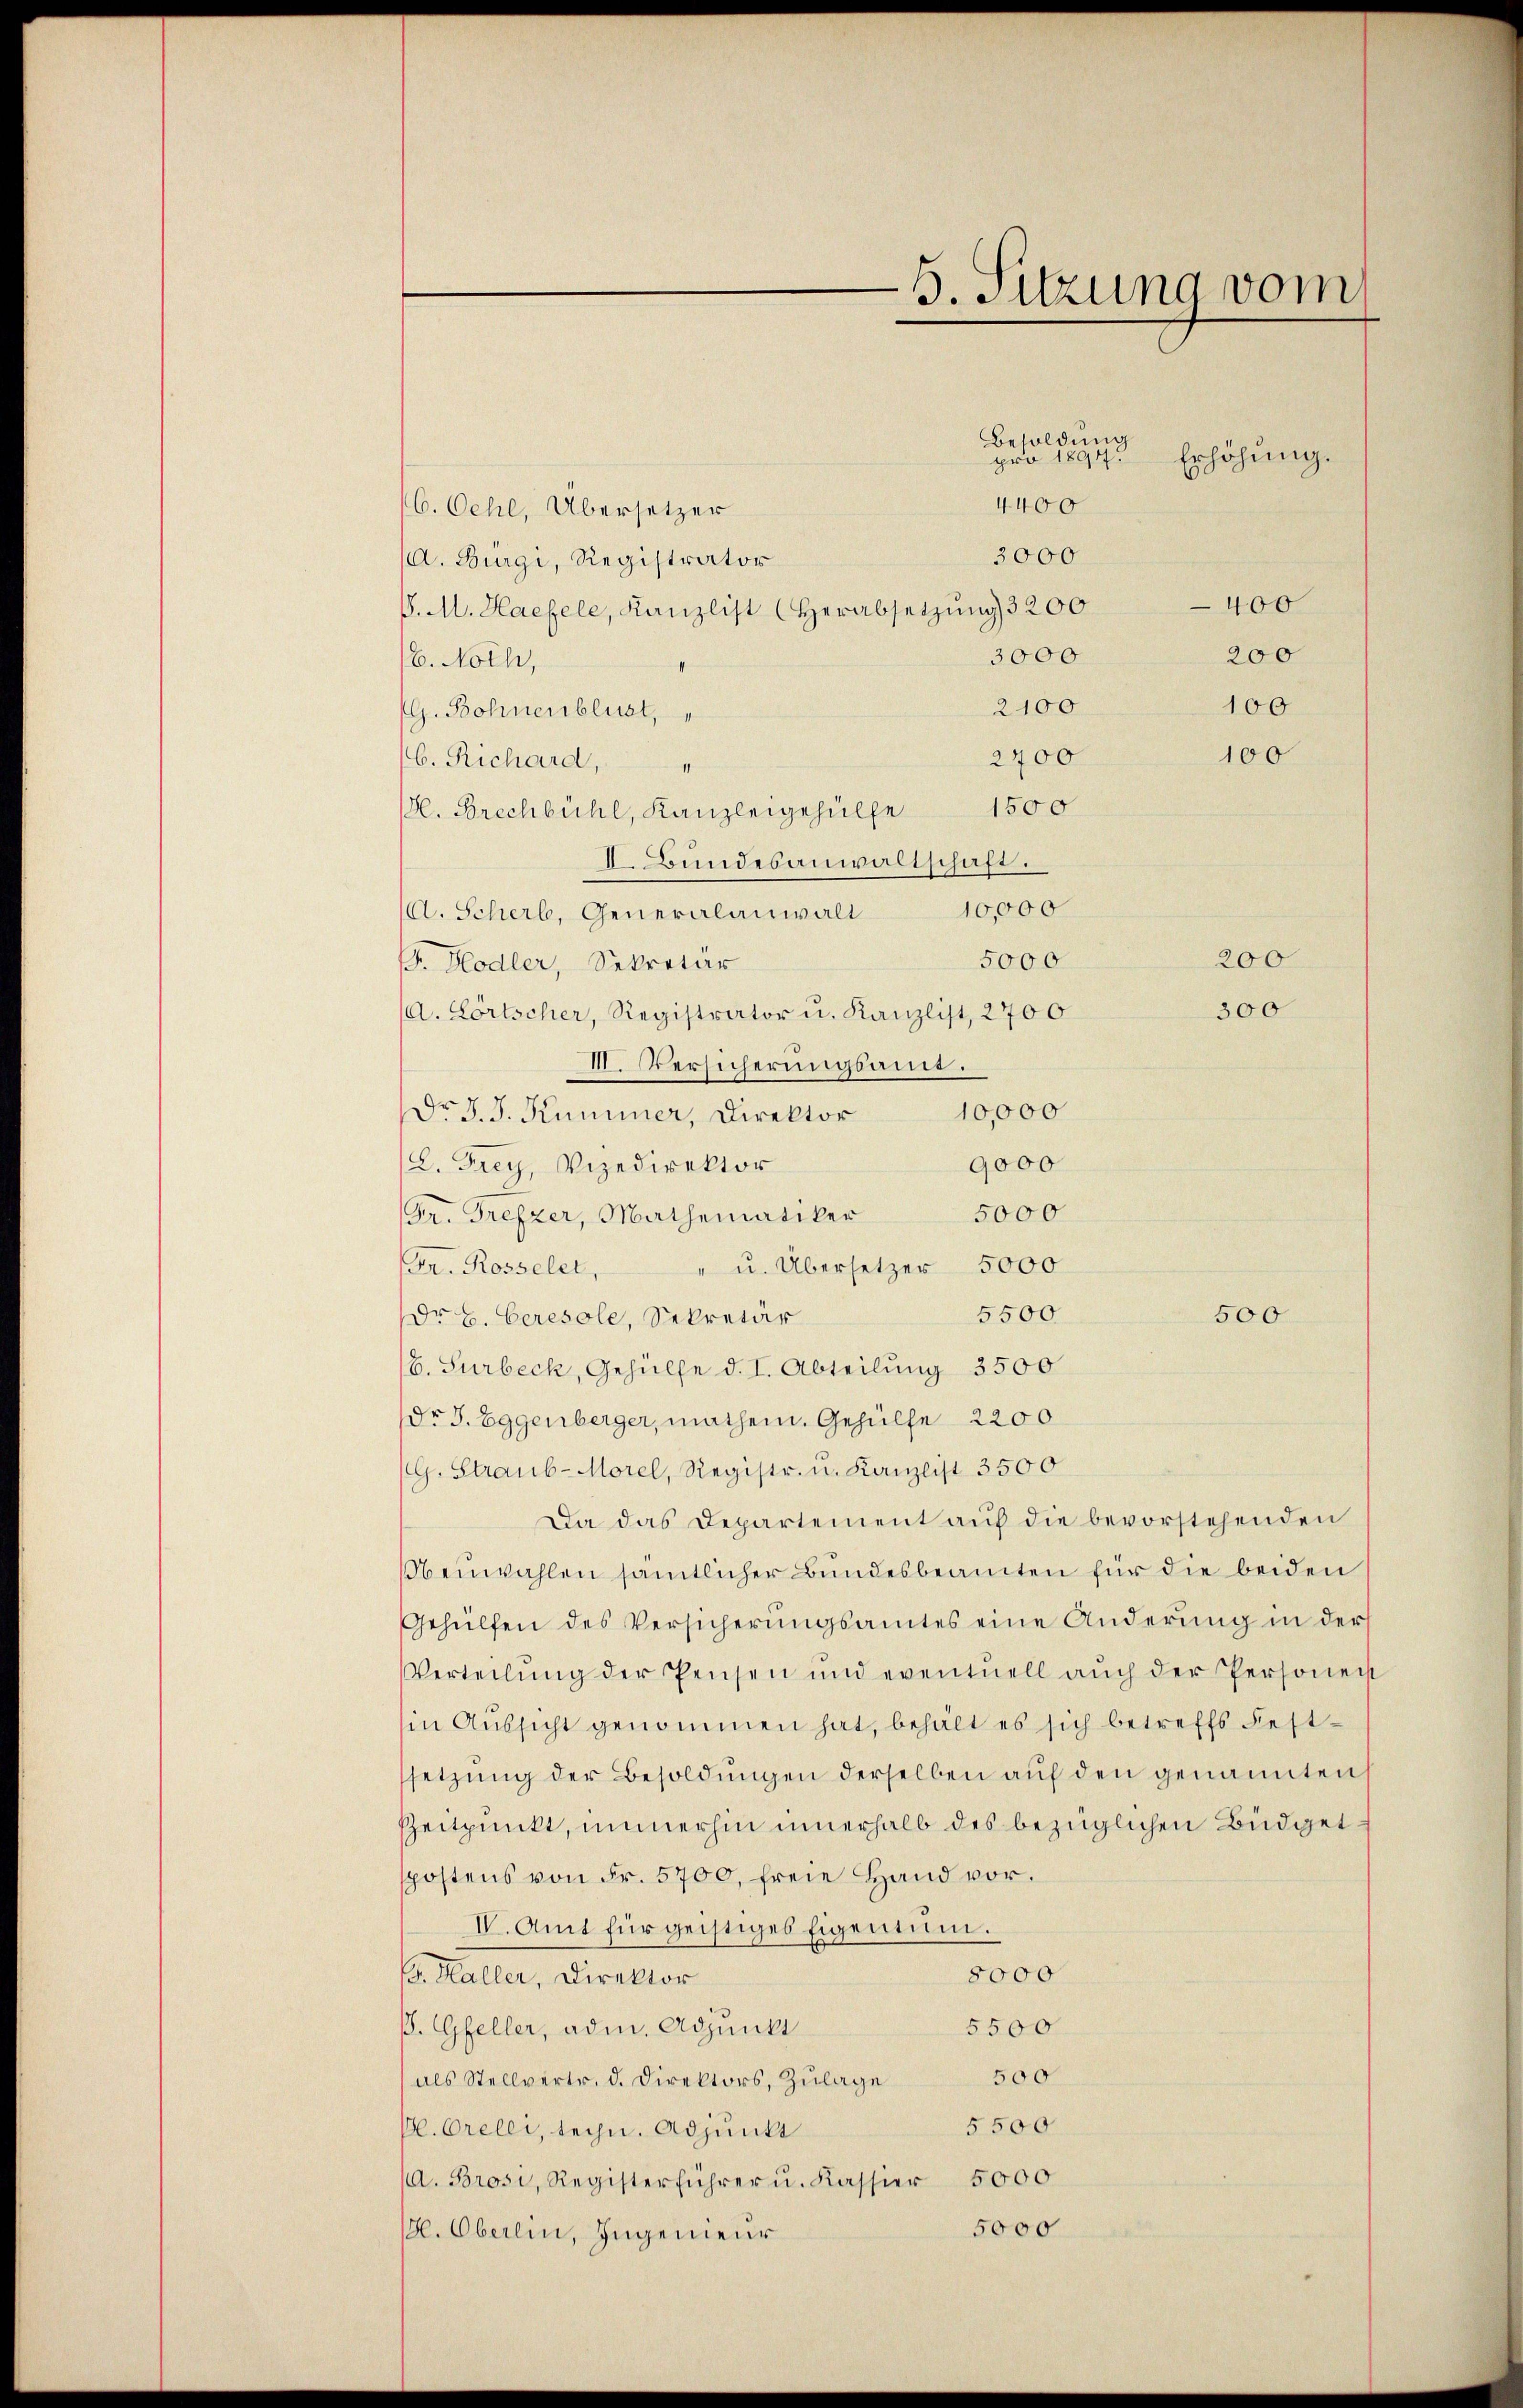
5. Sitzung vom

(C. Oehl, Übersetzer
3000
A. Burgi, Registrator
S. M. Haefele, Kanzlist (Herabsetzŭng 3200
3000
/6. Noth,
2100
G. Bohnenblust,
2400
/6. Richard,
1
H. Brechbühl, Kanzleigehülfe 1500
I. Bundesanwaltschaft.
A. Scherb, Generalanwalt 10,000
5000
F. Hodler, Sekretär
A. Fortscher, Registrator u. Kanzlist, 2700
III. Versicherungsamt.
Dr. J. J. Kummer, Direktor 10,000
9000
L. Frey, Vizedirektor
5000
Gr. Trefzer, Mathematiker
" u. Übersetzer 5000
Gr. Rosselet,
5500
Dr E. Ceresole, Sekretär
b. Surbeck, Gehülfe d. I. Abteilung 3500
Dr J. Eggenberger, mathem. Gehülfe 2200
(G. Straub-Morel, Registr. u. Kanzlist 3500
Da das Departement aŭf die bevorstehenden
Obenwahlen sämtlicher Bundesbeamten für die beiden
Gehülfen des Versicherungsamtes eine Änderung in der
Verteilŭng der Pensen und eventuell aŭch der Personen
sin Aŭssicht genommen hat, behält es sich betreffs Fest-
setzŭng der Besoldŭngen derselben auf den genannten
Zeitpunkt, immerhin innerhalb des bezüglichen Büdget
spostens von Fr. 5700, freie Hand vor.
IV. Amt für geistiges Eigentum.
5000
s. Haller, Direktor
5500
B. Gfeller, adm. Adjunkt
500
als Stellvertr. d. Direktors, Zulage
5500
Be. Orelli, sein. Adjunkt
/d. Brosi, Registerführer u. Kassier 5000
5000
H. Oberlin, Ingenieur

4400

Besoldung
pro 1894.

Erhöhung.

400
200
100

100

200
300

500